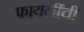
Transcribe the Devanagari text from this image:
फायलींची